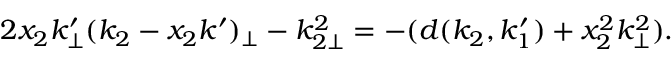
2 x _ { 2 } k _ { \perp } ^ { \prime } ( k _ { 2 } - x _ { 2 } k ^ { \prime } ) _ { \perp } - k _ { 2 \perp } ^ { 2 } = - ( d ( k _ { 2 } , k _ { 1 } ^ { \prime } ) + x _ { 2 } ^ { 2 } k _ { \perp } ^ { 2 } ) .